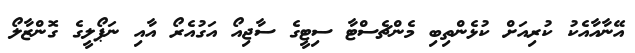
އޭނާއާއެކު ކުރިއަށް ކުޅެންތިބި މެންޗެސްޓާ ސިޓީގެ ސާޖިއޯ އަގުއެރޯ އާއި ނަޕޯލީގެ ގޮންޒާލޯ